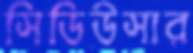
সিডিউসার